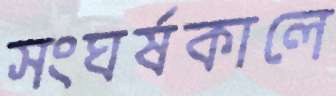
সংঘর্ষকালে